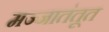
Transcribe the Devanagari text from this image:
मज्जातंतूत